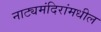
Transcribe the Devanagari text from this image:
नाट्यमंदिरांमधील